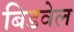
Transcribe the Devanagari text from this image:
बिडवेल